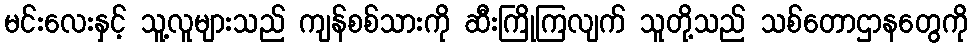
မင်းလေးနှင့် သူ့လူများသည် ကျန်စစ်သားကို ဆီးကြိုကြလျက် သူတို့သည် သစ်တောဌာနတွေကို